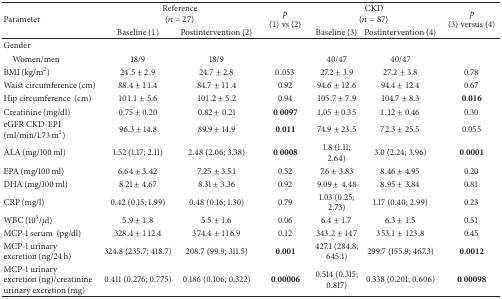
<table><thead><tr><td rowspan="2"><b>Parameter</b></td><td colspan="2"><b>Reference(<i>n</i> = 27)</b></td><td rowspan="2"><b><i>p</i>(1) vs (2)</b></td><td colspan="2"><b>CKD(<i>n</i> = 87)</b></td><td rowspan="2"><b><i>p</i>(3) versus (4)</b></td></tr><tr><td><b>Baseline (1)</b></td><td><b>Postintervention (2)</b></td><td><b>Baseline (3)</b></td><td><b>Postintervention (4)</b></td></tr></thead><tbody><tr><td>Gender</td><td> </td><td> </td><td> </td><td> </td><td> </td><td> </td></tr><tr><td> Women/men</td><td>18/9</td><td>18/9</td><td> </td><td>40/47</td><td>40/47</td><td> </td></tr><tr><td>BMI (kg/m<sup>2</sup>)</td><td>24.5 ± 2.9</td><td>24.7 ± 2.8</td><td>0.053</td><td>27.2 ± 3.9</td><td>27.2 ± 3.8</td><td>0.78</td></tr><tr><td>Waist circumference (cm)</td><td>88.4 ± 11.4</td><td>84.7 ± 11.4</td><td>0.92</td><td>94.6 ± 12.6</td><td>94.4 ± 12.4</td><td>0.67</td></tr><tr><td>Hip circumference(cm)</td><td>101.1 ± 5.6</td><td>101.2 ± 5.2</td><td>0.94</td><td>105.7 ± 7.9</td><td>104.7 ± 8.3</td><td>0.016</td></tr><tr><td>Creatinine (mg/dl)</td><td>0.75 ± 0.20</td><td>0.82 ± 0.21</td><td>0.0097</td><td>1.05 ± 0.35</td><td>1.12 ± 0.46</td><td>0.30</td></tr><tr><td>eGFR CKD-EPI(ml/min/1.73 m<sup>2</sup>)</td><td>96.3 ± 14.8</td><td>89.9 ± 14.9</td><td>0.011</td><td>74.9 ± 23.5</td><td>72.3 ± 25.5</td><td>0.055</td></tr><tr><td>ALA (mg/100 ml)</td><td>1.52 (1.17; 2.11)</td><td>2.48 (2.06; 3.38)</td><td>0.0008</td><td>1.8 (1.11; 2.64)</td><td>3.0 (2.24; 3.96)</td><td>0.0001</td></tr><tr><td>EPA (mg/100 ml)</td><td>6.64 ± 3.42</td><td>7.25 ± 3.51</td><td>0.52</td><td>7.6 ± 3.83</td><td>8.46 ± 4.95</td><td>0.20</td></tr><tr><td>DHA (mg/100 ml)</td><td>8.21 ± 4.67</td><td>8.31 ± 3.36</td><td>0.92</td><td>9.09 ± 4.48</td><td>8.95 ± 3.84</td><td>0.81</td></tr><tr><td>CRP (mg/l)</td><td>0.42 (0.15; 1.99)</td><td>0.48 (0.16; 1.30)</td><td>0.79</td><td>1.03 (0.25; 2.73)</td><td>1.17 (0.40; 2.99)</td><td>0.23</td></tr><tr><td>WBC (10<sup>3</sup>/<i>μ</i>l)</td><td>5.9 ± 1.8</td><td>5.5 ± 1.6</td><td>0.06</td><td>6.4 ± 1.7</td><td>6.3 ± 1.5</td><td>0.51</td></tr><tr><td>MCP-1 serum(pg/dl)</td><td>328.4 ± 112.4</td><td>374.4 ± 116.9</td><td>0.12</td><td>343.2 ± 147</td><td>353.1 ± 123.8</td><td>0.45</td></tr><tr><td>MCP-1 urinary excretion (ng/24 h)</td><td>324.8 (235.7; 418.7)</td><td>208.7 (99.9; 311.5)</td><td>0.001</td><td>427.1 (284.8; 645.1)</td><td>299.7 (155.9; 467.3)</td><td>0.0012</td></tr><tr><td>MCP-1 urinary excretion (ng)/creatinine urinary excretion (mg)</td><td>0.411 (0.276; 0.775)</td><td>0.186 (0.106; 0.322)</td><td>0.00006</td><td>0.514 (0.315; 0.817)</td><td>0.338 (0.201; 0.606)</td><td>0.00098</td></tr></tbody></table>